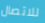
للاتصال